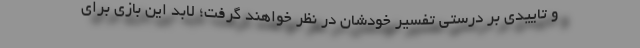
و تاییدی بر درستی تفسیر خودشان در نظر خواهند گرفت؛ لابد این بازی برای